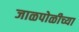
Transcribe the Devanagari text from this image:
जाळपोळीच्या